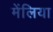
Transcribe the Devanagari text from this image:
मेंलिया